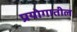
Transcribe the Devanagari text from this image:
प्रयोगातील